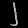
Digit: ၂